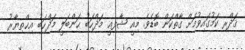
ޤަދްރި ކަމުގައިވުމަށް ގާތްކަން ބޮޑެވެ. މިއީ ޝާފިޢީ މަޛްހަބު ޙަންބަލީ މަޛްހަބު އިޚްތިޔާރު